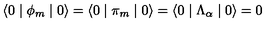
\langle 0 \mid \phi _ { m } \mid 0 \rangle = \langle 0 \mid \pi _ { m } \mid 0 \rangle = \langle 0 \mid \Lambda _ { \alpha } \mid 0 \rangle = 0